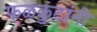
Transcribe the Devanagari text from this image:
फळकुटांनी